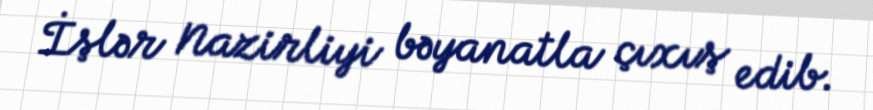
İşlər Nazirliyi bəyanatla çıxış edib.